Leprosy in India: report of the Leprosy Commission in India, 1890-91
Year: 1890
Disease focus: Leprosy
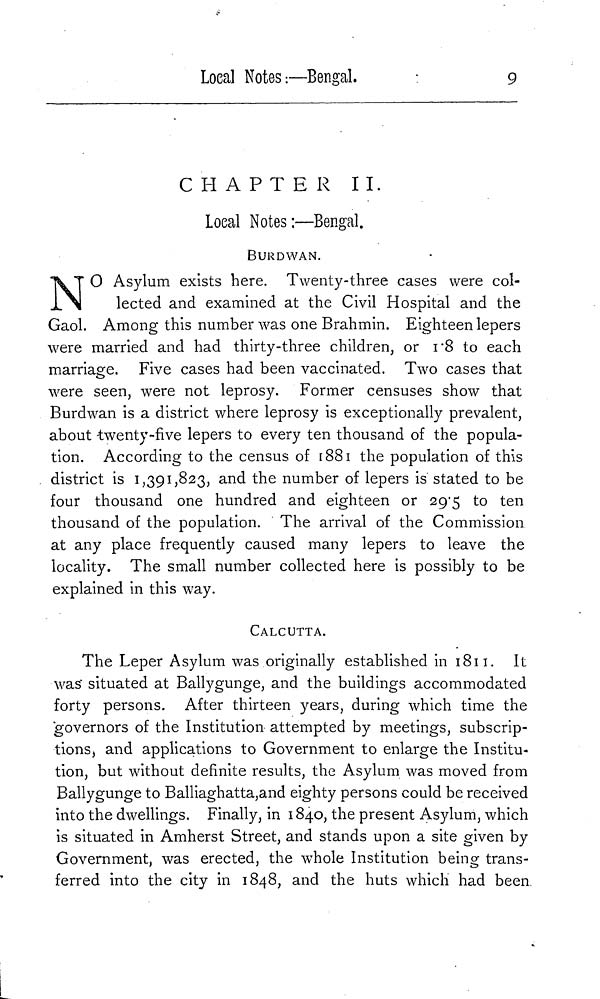
Loeal Notes:—Bengal.
9
CHAPTER
II.
Local Notes:—Bengal.
BURDWAN.
N O Asylum exists here. Twenty-three cases were col-
lected and examined at the Civil Hospital and the
Gaol. Among this number was one Brahmin. Eighteen lepers
were married and had thirty-three children, or 18 to each
marriage. Five cases had been vaccinated. Two cases that
were seen, were not leprosy. Former censuses show that
Burdwan is a district where leprosy is exceptionally prevalent,
about twenty-five lepers to every ten thousand of the popula-
tion. According to the census of 1881 the population of this
district is 1,391,823, and the number of lepers is stated to be
four thousand one hundred and eighteen or 29 5 to ten
thousand of the population. The arrival of the Commission
at any place frequently caused many lepers to leave the
locality. The small number collected here is possibly to be
explained in this way.
CALCUTTA.
The Leper Asylum was originally established in 1811. It
was situated at Ballygunge, and the buildings accommodated
forty persons. After thirteen years, during which time the
governors of the Institution attempted by meetings, subscrip-
tions, and applications to Government to enlarge the Institu-
tion, but without definite results, the Asylum was moved from
Ballygunge to Balliaghatta,and eighty persons could be received
into the dwellings. Finally, in 1840, the present Asylum, which
is situated in Amherst Street, and stands upon a site given by
Government, was erected, the whole Institution being trans-
ferred into the city in 1848, and the huts which had been